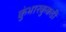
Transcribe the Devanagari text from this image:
कुंभारकुकडी